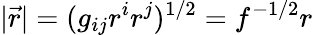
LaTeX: \vert\vec{r}\vert=(g_{ij}r^{i}r^{j})^{1/2}=f^{-1/2}r